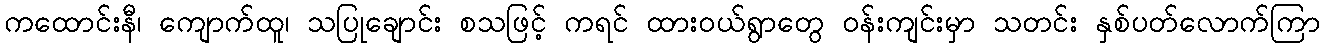
ကထောင်းနီ၊ ကျောက်ထူ၊ သပြုချောင်း စသဖြင့် ကရင် ထားဝယ်ရွာတွေ ဝန်းကျင်းမှာ သတင်း နှစ်ပတ်လောက်ကြာ